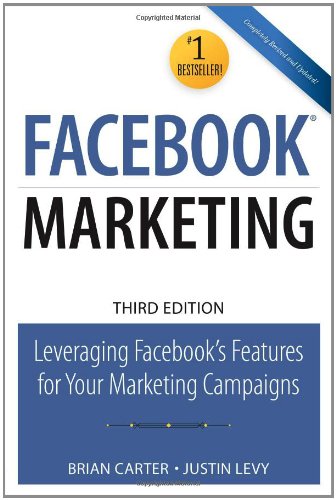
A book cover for Facebook Marketing: Leveraging Facebook's Features for Your Marketing Campaigns (3rd Edition) (Que Biz-Tech); Brian Carter; Computers & Technology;